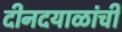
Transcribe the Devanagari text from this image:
दीनदयाळांची